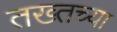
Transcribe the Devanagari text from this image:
तख्तच्या